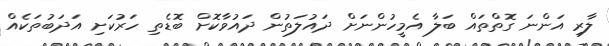
ލާރި އަންނަ ގޮތްތައް ބަލާ އެމީހުންނަށް ދައުލަތުން ދައުވާކޮށް ބޮޑެތި ހަރުކަށި އަދަބުތަކެއް